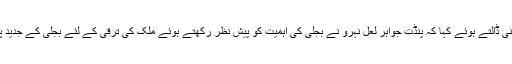
پروفیسر بیگ نے قومی ترقی میں بجلی کی اہمیت پر روشنی ڈالتے ہوئے کہا کہ پنڈت جواہر لعل نہرو نے بجلی کی اہمیت کو پیش نظر رکھتے ہوئے ملک کی ترقی کے لئے بجلی کے جدید پلانٹ قائم کئے تھے اور انھیں جدید زمانہ کا مندر کہا تھا۔